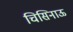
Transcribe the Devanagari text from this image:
चिसिनाऊ